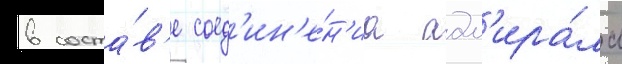
в соста́в'е соед'ин'е́н'иа адм'ира́ла